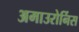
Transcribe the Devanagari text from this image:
अमाउरोर्निस